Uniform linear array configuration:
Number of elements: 24
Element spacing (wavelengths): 0.75
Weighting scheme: hann
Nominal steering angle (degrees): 30
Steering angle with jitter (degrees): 29.149
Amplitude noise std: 0.05
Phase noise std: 0.05

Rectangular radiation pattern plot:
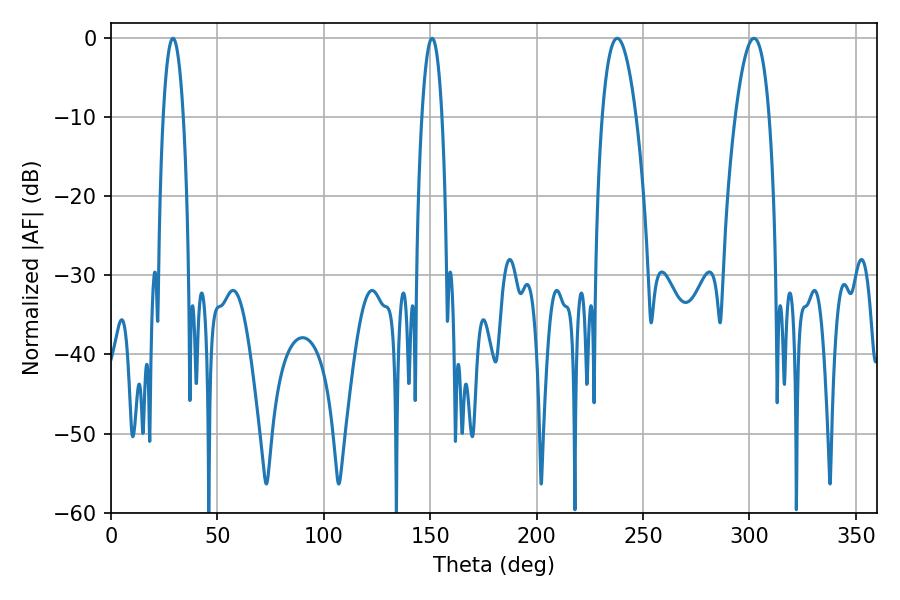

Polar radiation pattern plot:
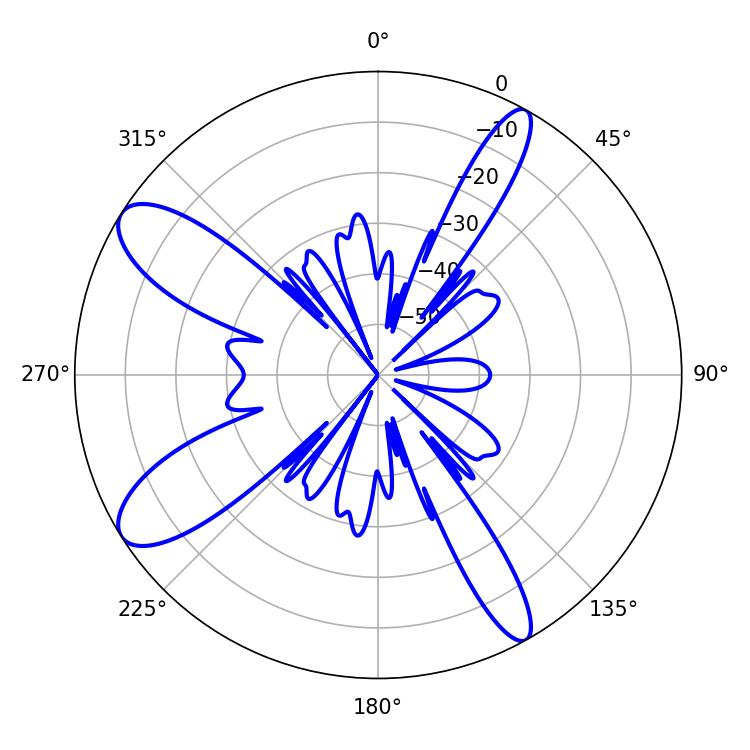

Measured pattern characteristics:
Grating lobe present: TRUE
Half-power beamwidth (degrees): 5.4
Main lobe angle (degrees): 29.16